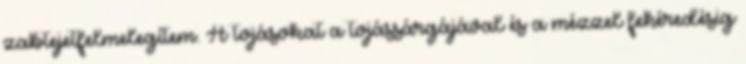
zabtejetfelmelegítem. A tojásokat a tojássárgájával és a mézzel fehéredésig